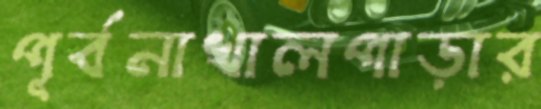
পূর্বনাখালপাড়ার